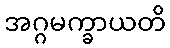
အဂ္ဂမက္ခာယတိ